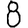
Digit: 8